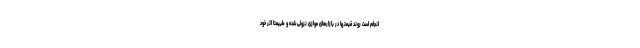
انجام است روند قیمتها در بازارهای موازی نزولی شده و طبیعتا اثر خود